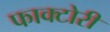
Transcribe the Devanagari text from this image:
फाक्टोरी